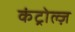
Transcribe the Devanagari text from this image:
कंट्रोल्ज़